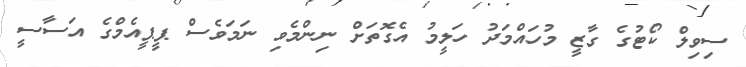
ސިވިލް ކޯޓުގެ ގާޒީ މުހައްމަދު ހަލީމު އެގޮތަށް ނިންމެވި ނަމަވެސް ޕީޕީއެމްގެ އަސާސީ